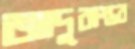
জাদুবাস্তব